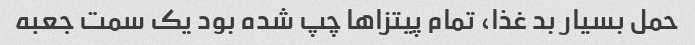
حمل بسیار بد غذا، تمام پیتزاها چپ شده بود یک سمت جعبه